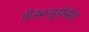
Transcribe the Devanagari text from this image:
पीडब्ल्यूडीसीए